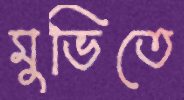
মুভিতে